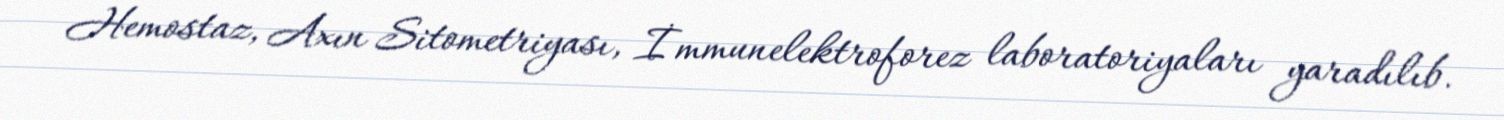
Hemostaz, Axın Sitometriyası, İmmunelektroforez laboratoriyaları yaradılıb.